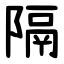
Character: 隔